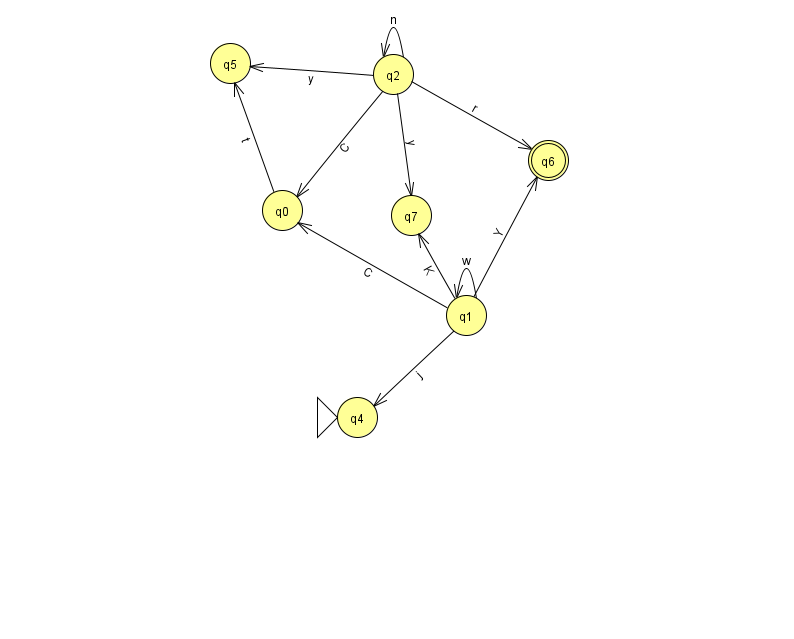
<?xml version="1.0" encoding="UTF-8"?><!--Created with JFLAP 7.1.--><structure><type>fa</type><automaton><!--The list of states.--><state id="0" name="q0"><x>282.0</x><y>197.0</y></state><state id="1" name="q1"><x>466.0</x><y>302.0</y></state><state id="2" name="q2"><x>393.0</x><y>61.0</y></state><state id="4" name="q4"><x>357.0</x><y>404.0</y><initial/></state><state id="5" name="q5"><x>230.0</x><y>50.0</y></state><state id="6" name="q6"><x>548.0</x><y>147.0</y><final/></state><state id="7" name="q7"><x>411.0</x><y>202.0</y></state><!--The list of transitions.--><transition><from>1</from><to>0</to><read>C</read></transition><transition><from>1</from><to>7</to><read>K</read></transition><transition><from>1</from><to>1</to><read>w</read></transition><transition><from>2</from><to>0</to><read>C</read></transition><transition><from>1</from><to>4</to><read>j</read></transition><transition><from>2</from><to>7</to><read>y</read></transition><transition><from>2</from><to>5</to><read>y</read></transition><transition><from>0</from><to>5</to><read>t</read></transition><transition><from>1</from><to>6</to><read>Y</read></transition><transition><from>2</from><to>2</to><read>n</read></transition><transition><from>2</from><to>6</to><read>r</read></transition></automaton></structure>